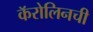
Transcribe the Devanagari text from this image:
कॅरोलिनची